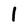
Character: l